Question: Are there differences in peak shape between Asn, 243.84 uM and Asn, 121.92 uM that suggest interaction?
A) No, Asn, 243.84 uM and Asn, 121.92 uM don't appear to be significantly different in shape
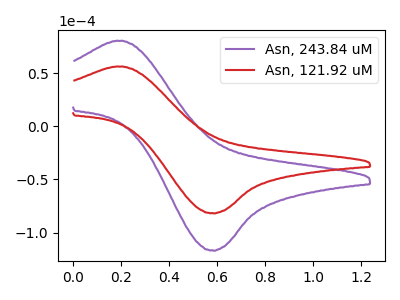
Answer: <think>The purple curve "Asn, 243.84 uM" has an anodic peak at (0.20V, 80.80uA) and a cathodic peak at (0.60V, -116.85uA). The red curve "Asn, 121.92 uM" has an anodic peak at (0.20V, 56.55uA) and a cathodic peak at (0.60V, -81.75uA).
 All the peaks in "Asn, 243.84 uM" have a peak in "Asn, 121.92 uM" at the same potential. Every peak in "Asn, 243.84 uM" is higher than every peak in "Asn, 121.92 uM".</think>
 <answer>A) No, "Asn, 243.84 uM" and "Asn, 121.92 uM" don't appear to be significantly different in shape</answer>
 <eval>A</eval>